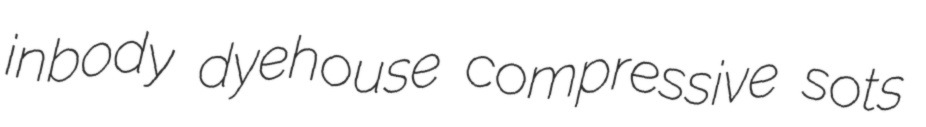
inbody dyehouse compressive sots